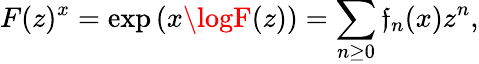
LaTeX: F(z)^{x}=\exp\left(x\logF(z)\right)=\sum_{n\geq0}\mathfrak{f}_{n}(x)z^{n},